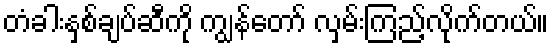
တံခါးနှစ်ချပ်ဆီကို ကျွန်တော် လှမ်းကြည့်လိုက်တယ်။